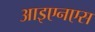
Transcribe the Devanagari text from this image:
आइएनएस